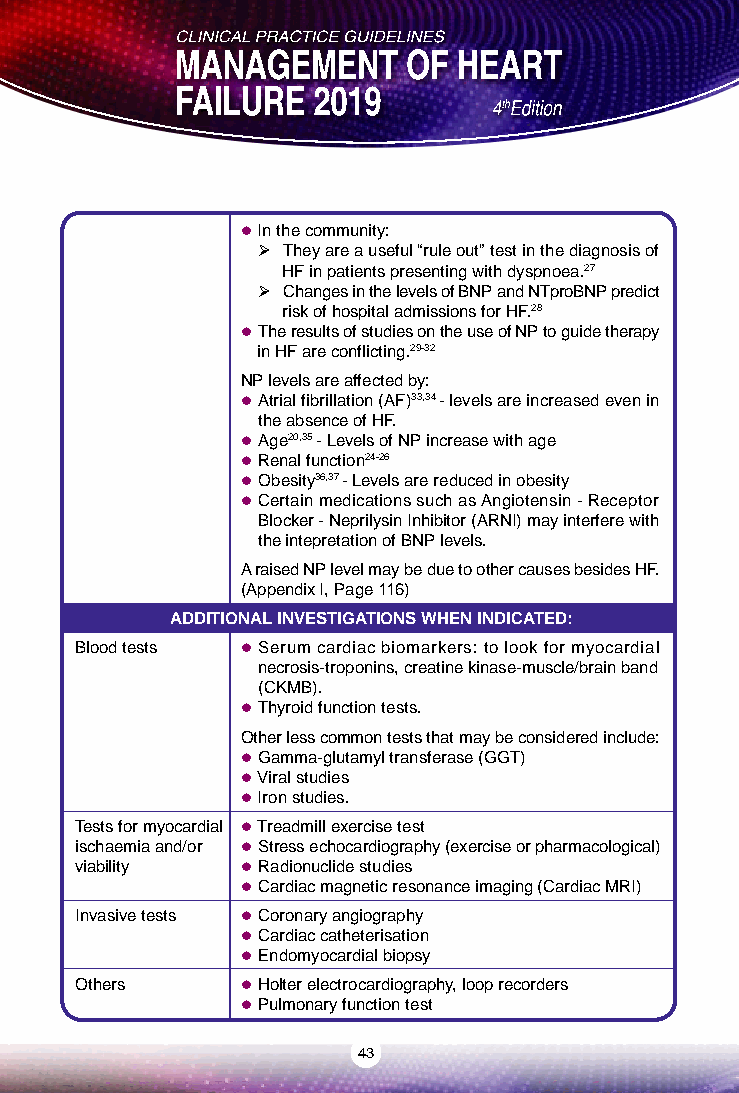
 In the community:
  They are a useful “rule out” test in the diagnosis of
 HF in patients presenting with dyspnoea.27
  Changes in the levels of BNP and NTproBNP predict
 risk of hospital admissions for HF.28
  The results of studies on the use of NP to guide therapy
 in HF are conflicting.29-32
 NP levels are affected by:
  Atrial fibrillation (AF)33,34 - levels are increased even in
 the absence of HF.
  Age20,35 - Levels of NP increase with age
  Renal function24-26
  Obesity36,37 - Levels are reduced in obesity
  Certain medications such as Angiotensin - Receptor
 Blocker - Neprilysin Inhibitor (ARNI) may interfere with
 the intepretation of BNP levels.
 A raised NP level may be due to other causes besides HF.
 (Appendix I, Page 116)
 ADDITIONAL INVESTIGATIONS WHEN INDICATED:
 Blood tests  Serum cardiac biomarkers: to look for myocardial
 necrosis-troponins, creatine kinase-muscle/brain band
 (CKMB).
  Thyroid function tests.
 Other less common tests that may be considered include:
  Gamma-glutamyl transferase (GGT)
  Viral studies
  Iron studies.
 Tests for myocardial  Treadmill exercise test
 ischaemia and/or  Stress echocardiography (exercise or pharmacological)
 viability   Radionuclide studies
  Cardiac magnetic resonance imaging (Cardiac MRI)
 Invasive tests  Coronary angiography
  Cardiac catheterisation
  Endomyocardial biopsy
 Others      Holter electrocardiography, loop recorders
  Pulmonary function test
 43